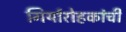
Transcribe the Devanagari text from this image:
गिर्यारोहकांची